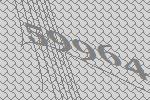
59964